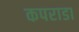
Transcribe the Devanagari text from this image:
कपराडा